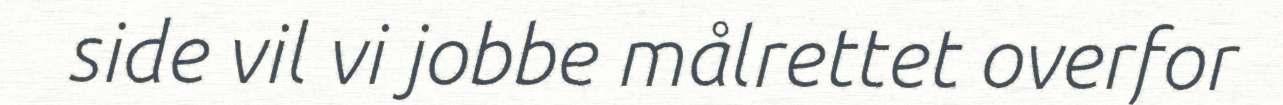
side vil vi jobbe målrettet overfor